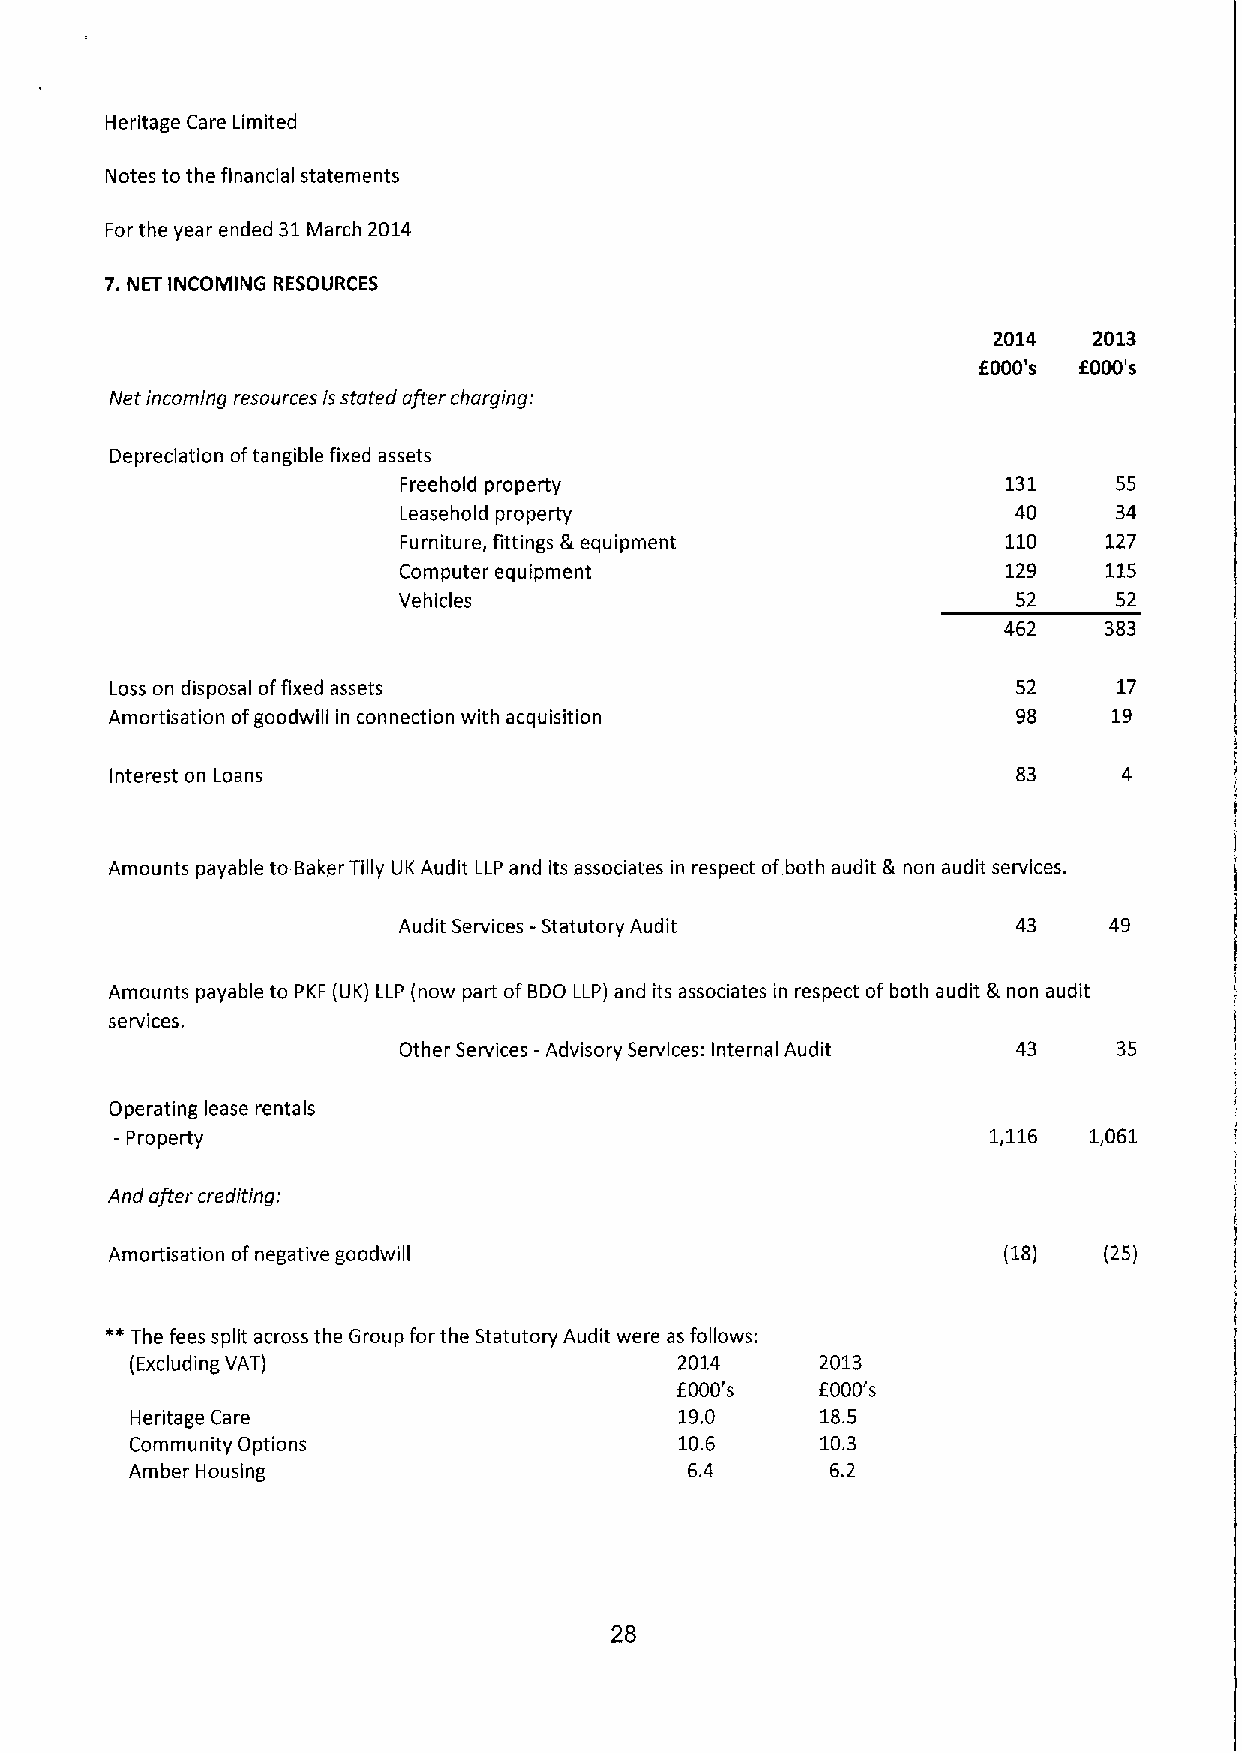
Heritage Care Limited
 Notes to the financial statements
 For the year ended 31March 2014
 7.NET INCOMING RESOURCES
 2014  2013
 f000's f000's
 Net incoming resources isstated after charging:
 Depreciation oftangible fixed assets
 Freehold property                       131    55
 Leasehold property                      40     34
 Furniture, fittings 8 equipment         110   127
 Computer equipment                       129   115
 Vehicles                                 52     52
 462    383
 Loss on disposal offixed assets                             52     17
 Amortisation ofgoodwill in connection with acquisition      98     19
 Interest on Loans                                           83
 Amounts payable to Baker Tilly UK Audit LLP and its associates in respect of both audit 8 non audit services.
 Audit Services -Statutory Audit          43    49
 Amounts payable to PKF (UK) LLP (now part ofBDO LLP) and its associates in respect of both audit &non audit
 services.
 Other Services —Advisory Services: InternalAudit 43 35
 Operating lease rentals
 —Property                                                 1,116 1,061
 And after crediting:
 Amortisation ofnegative goodwill                           (18)   (25)
 "The
 fees split across the Group for the Statutory Audit were as follows:
 (Excluding VAT)                     2014     2013
 f000's   f000's
 Heritage Care                       19.0     18.5
 Community Options                   10.6     10.3
 Amber Housing                        6.4      6.2
 28